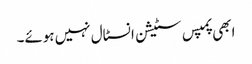
ابھی پمپس سٹیشن انسٹال نہیں ہوئے۔